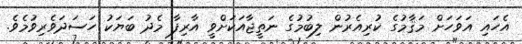
އެހައި އަވަހަށް މަޤާމުގެ ކުރިއެރުން ލިބުމުގެ ނަތީޖާއަކަށްވީ އާރިފާ މެދު ބަޔަކު ހަސަދަވެރިވުމެވެ.